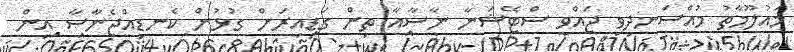
މައުލޫމާތު މުއްސަނދިވި ޖައްވީ ސްޓޭޝަނާ ނާސާއާ ތިން ގަޑިއިރަށް ގުޅުން ކެނޑިއްޖެނާސާ އިން